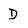
Character: D